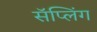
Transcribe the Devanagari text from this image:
सॅप्लिंग